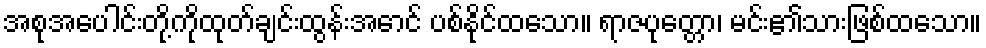
အစုအပေါင်းတို့ကိုထုတ်ချင်းထွန်းအောင် ပစ်နိုင်ထသော။ ရာဇပုတ္တော၊ မင်း၏သားဖြစ်ထသော။